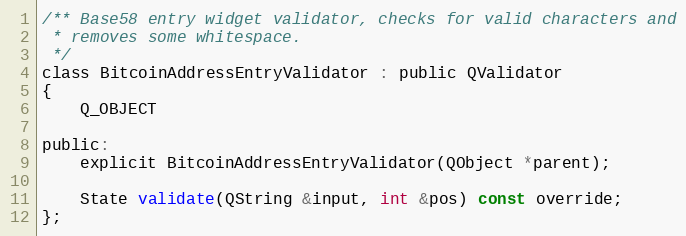
Language: C
/** Base58 entry widget validator, checks for valid characters and
 * removes some whitespace.
 */
class BitcoinAddressEntryValidator : public QValidator
{
    Q_OBJECT

public:
    explicit BitcoinAddressEntryValidator(QObject *parent);

    State validate(QString &input, int &pos) const override;
};